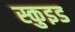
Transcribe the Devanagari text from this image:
स्कुइड